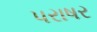
પરાષર